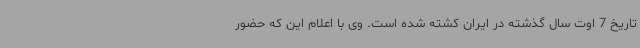
تاریخ 7 اوت سال گذشته در ایران کشته شده است. وی با اعلام این که حضور